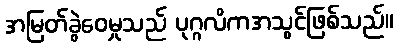
အမြတ်ခွဲဝေမှုသည် ပုဂ္ဂလိကအသွင်ဖြစ်သည်။